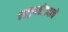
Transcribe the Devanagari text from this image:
राष्ट्रपतीपदाचे